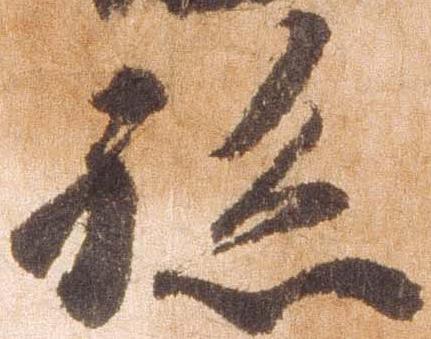
孫